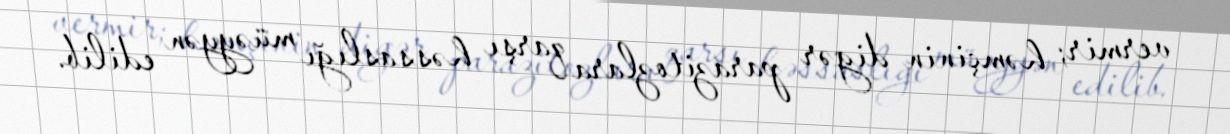
vermir; həmçinin digər parazitozlara qarşı həssaslığı müəyyən edilib.